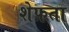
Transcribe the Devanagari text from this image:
शेफ़ता